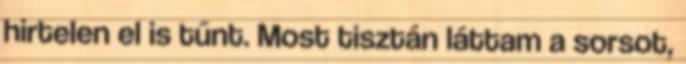
hirtelen el is tűnt. Most tisztán láttam a sorsot,